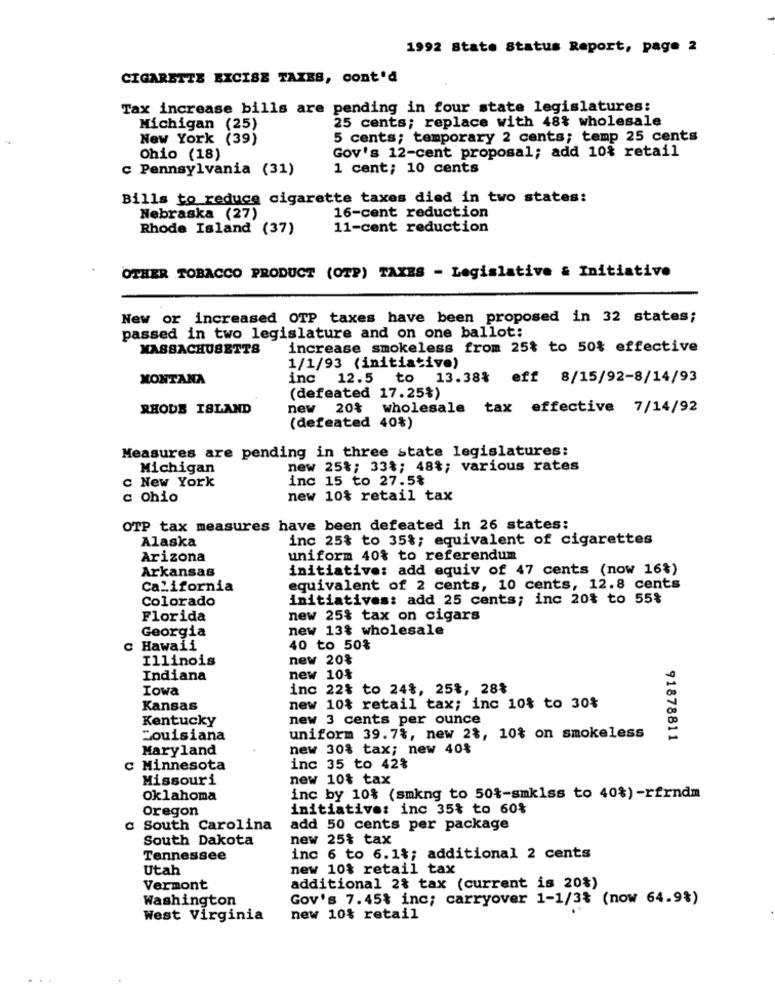
1992 State Status Report, page 2
CIGARETTE EXCISE TAXES, cont'd
Tax increase bills are pending in four state legislatures:
25 cents; replace with 48% wholesale
Michigan (25)
New York (39)
5 cents; temporary 2 cents; temp 25 cents
Ohio (18)
Gov's 12-cent proposal; add 10% retail
c Pennsylvania (31)
1 cent; 10 cents
Bills to reduce cigarette taxes died in two states:
Nebraska (27)
16-cent reduction
Rhode Island (37)
11-cent reduction
OTHER TOBACCO PRODUCT (OTP) TAXES - Legislative & Initiative
New or increased OTP taxes have been proposed in 32 states;
passed in two legislature and on one ballot:
MASSACHUSETTS
increase smokeless from 25% to 50% effective
1/1/93 (initiative)
MONTANA
inc 12.5 to 13.38% eff 8/15/92-8/14/93
(defeated 17.25%)
RHODE ISLAND
new 20% wholesale tax effective 7/14/92
(defeated 40%)
Measures are pending in three state legislatures:
Michigan
new 25%; 33%; 48%; various rates
New York
inc 15 to 27.5%
c Ohio
new 10% retail tax
OTP tax measures have been defeated in 26 states:
Alaska
inc 25% to 35%; equivalent of cigarettes
Arizona
uniform 40% to referendum
Arkansas
initiative: add equiv of 47 cents (now 16%)
California
equivalent of 2 cents, 10 cents, 12.8 cents
Colorado
initiatives: add 25 cents; inc 20% to 55%
Florida
new 25% tax on cigars
Georgia
new 13% wholesale
c Hawaii
40 to 50%
Illinois
new 20%
Indiana
new 10%
Iowa
inc 22% to 24%, 25%, 28%
Kansas
new 10% retail tax; inc 10% to 30%
Kentucky
new 3 cents per ounce
Louisiana
uniform 39.7%, new 2%, 10% on smokeless
91878811
Maryland
new 30% tax; new 40%
c Minnesota
inc 35 to 42%
Missouri
new 10% tax
Oklahoma
inc by 10% (smkng to 50%-smkiss to 40%) -rfrndm
Oregon
initiative: inc 35% to 60%
South Carolina
add 50 cents per package
South Dakota
new 25% tax
Tennessee
inc 6 to 6.1%; additional 2 cents
Utah
new 10% retail tax
Vermont
additional 2% tax (current is 20%)
Washington
Gov's 7.45% inc; carryover 1-1/3% (now 64.9%)
West Virginia
new 10% retail